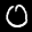
Label: 0